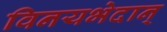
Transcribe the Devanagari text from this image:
विनयभेदान्